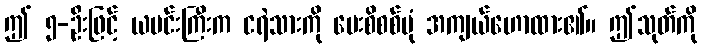
ဤ ၅-ဦးဖြင့် ယမင်းကြီးက ငရဲသားကို မေးစိစစ်ပုံ အကျယ်ဟောထား၏။ ဤသုတ်ကို